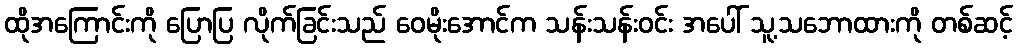
ထိုအကြောင်းကို ပြောပြ လိုက်ခြင်းသည် ဝေမိုးအောင်က သန်းသန်းဝင်း အပေါ် သူ့သဘောထားကို တစ်ဆင့်